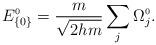
LaTeX: \begin{align*}E_{\{0\}}^{\scriptscriptstyle 0} = \frac{m}{\sqrt{2hm}}\sum_{j}\Omega_{j}^{\scriptscriptstyle 0}.\end{align*}